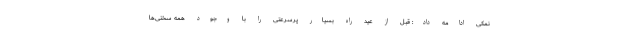
نمکی ادامه داد: قبل از عید راه بسیار پرسرعتی را با وجود همه سختی‌ها